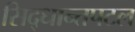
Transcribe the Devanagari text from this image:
सिद्धान्तपटल